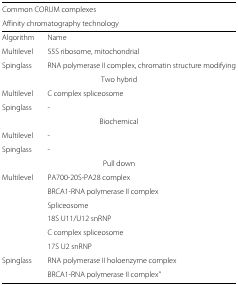
<table><thead><tr><td colspan="2"><b>Common CORUM complexes</b></td></tr><tr><td colspan="2"><b>Affinity chromatography technology</b></td></tr></thead><tbody><tr><td>Algorithm</td><td>Name</td></tr><tr><td>Multilevel</td><td>55S ribosome, mitochondrial</td></tr><tr><td>Spinglass</td><td>RNA polymerase II complex, chromatin structure modifying</td></tr><tr><td colspan="2">Two hybrid</td></tr><tr><td>Multilevel</td><td>C complex spliceosome</td></tr><tr><td>Spinglass</td><td>-</td></tr><tr><td colspan="2">Biochemical</td></tr><tr><td>Multilevel</td><td>-</td></tr><tr><td>Spinglass</td><td>-</td></tr><tr><td colspan="2">Pull down</td></tr><tr><td>Multilevel</td><td>PA700-20S-PA28 complex</td></tr><tr><td></td><td>BRCA1-RNA polymerase II complex</td></tr><tr><td></td><td>Spliceosome</td></tr><tr><td></td><td>18S U11/U12 snRNP</td></tr><tr><td></td><td>C complex spliceosome</td></tr><tr><td></td><td>17S U2 snRNP</td></tr><tr><td>Spinglass</td><td>RNA polymerase II holoenzyme complex</td></tr><tr><td></td><td>BRCA1-RNA polymerase II complex&quot;</td></tr></tbody></table>